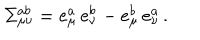
\Sigma _ { \mu \nu } ^ { a b } = e _ { \mu } ^ { a } \, e _ { \nu } ^ { b } - e _ { \mu } ^ { b } \, e _ { \nu } ^ { a } \, .